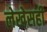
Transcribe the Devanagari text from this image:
लेखेसही